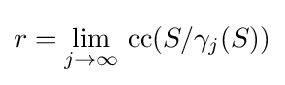
r=\lim _{j\to \infty }\,\mathrm {cc} (S/\gamma _{j}(S))